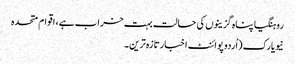
روہنگیا پناہ گزینوں کی حالت بہت خراب ہے، اقوام متحدہ
نیویارک (اُردو پوائنٹ اخبارتازہ ترین۔